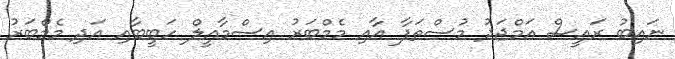
ނައިބު ރައީސް އަމްޖަދު މުސްތަފާ އާއި މެމްބަރު އިސްމާއީލް ހަބީބާއި އަދި މެމްބަރު